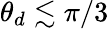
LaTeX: \theta_{d}\lesssim\pi/3